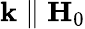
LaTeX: \textbf{k}\parallel\textbf{H}_{0}